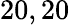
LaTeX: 20,20